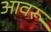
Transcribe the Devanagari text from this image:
आवरू